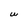
Character: W